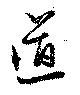
道